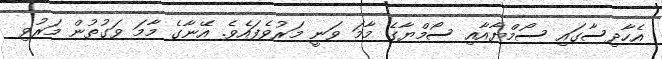
އެހާދިސާގައި ސޯމްޔާއާއި ސޯމްޔާގެ މާމަ ވަނީ މަރުވެފައެވެ. އޭނާގެ މާމަ ވަގުތުން މަރުވި